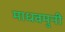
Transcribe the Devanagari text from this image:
माधवमुनी